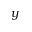
y